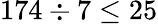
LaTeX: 174\div 7\leq 25